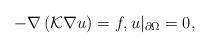
LaTeX: \begin{align*}- \nabla \left( \mathcal{K} \nabla u \right) = f, u |_{\partial \Omega} = 0,\end{align*}